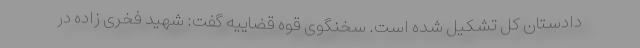
دادستان کل تشکیل شده است. سخنگوی قوه قضاییه گفت: شهید فخری زاده در